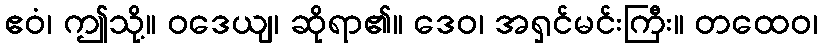
ဧဝံ၊ ဤသို့။ ဝဒေယျ၊ ဆိုရာ၏။ ဒေဝ၊ အရှင်မင်းကြီး။ တထေဝ၊